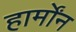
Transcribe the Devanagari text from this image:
हार्मोंन